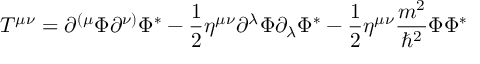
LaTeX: T ^ { \mu \nu } = \partial ^ { ( \mu } \Phi \partial ^ { \nu ) } \Phi ^ { * } - \frac 1 2 \eta ^ { \mu \nu } \partial ^ { \lambda } \Phi \partial _ { \lambda } \Phi ^ { * } - \frac 1 2 \eta ^ { \mu \nu } \frac { m ^ { 2 } } { \hbar ^ { 2 } } \Phi \Phi ^ { * }